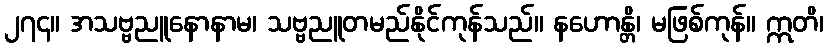
၂၇၄။ အသဗ္ဗညူနောနာမ၊ သဗ္ဗညူတမည်နိုင်ကုန်သည်။ နဟောန္တိ၊ မဖြစ်ကုန်။ ဣတိ၊